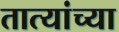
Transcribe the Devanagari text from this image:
तात्यांच्या